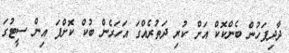
ދާދިފަހުން ބެންކޮކް އަށް ކުރި ދަތުރެއްގަ އަހަރެން ބުކް ކޮށްފަ އިން ސީޓުގަ